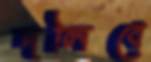
দলিবে